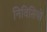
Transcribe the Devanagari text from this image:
निविसियों